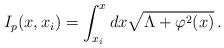
LaTeX: \begin{align*}I_p(x,x_i) = \int^{x}_{x_i}{dx \sqrt{\Lambda + \varphi^2(x)}}\,.\end{align*}